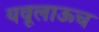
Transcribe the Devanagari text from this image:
यवूलाऊच